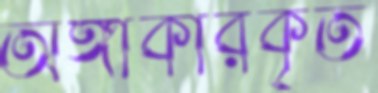
অঙ্গীকারকৃত